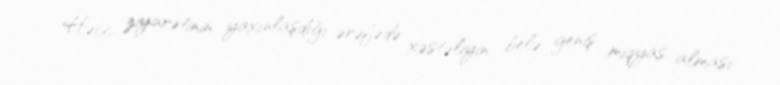
Həcc ziyarətinin yaxınlaşdığı ərəfədə xəstəliyin belə geniş miqyas alması